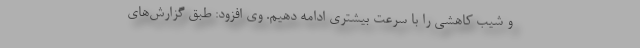
و شیب کاهشی را با سرعت بیشتری ادامه دهیم. وی افزود: طبق گزارش‌های